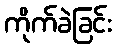
ကိုက်ခဲခြင်း